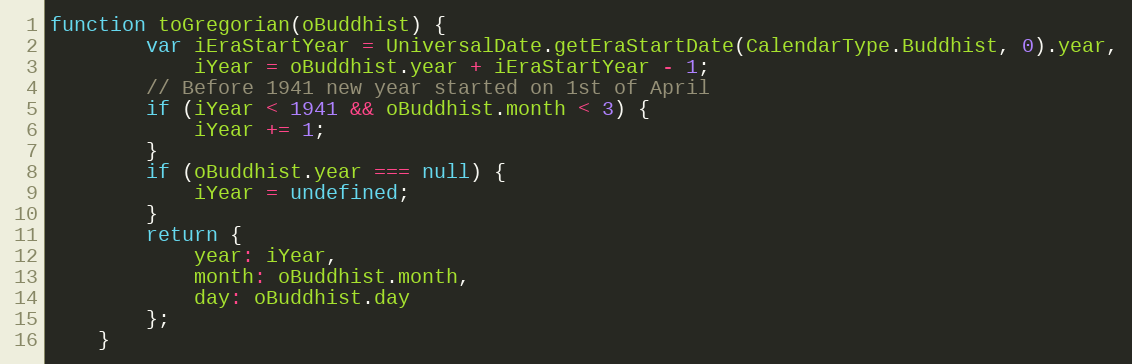
Language: JavaScript
function toGregorian(oBuddhist) {
		var iEraStartYear = UniversalDate.getEraStartDate(CalendarType.Buddhist, 0).year,
			iYear = oBuddhist.year + iEraStartYear - 1;
		// Before 1941 new year started on 1st of April
		if (iYear < 1941 && oBuddhist.month < 3) {
			iYear += 1;
		}
		if (oBuddhist.year === null) {
			iYear = undefined;
		}
		return {
			year: iYear,
			month: oBuddhist.month,
			day: oBuddhist.day
		};
	}